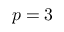
p = 3